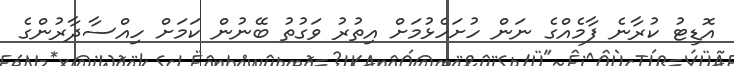
އޮޑިޓު ކުރާނެ ފާމެއްގެ ނަން ހުށަހެޅުމަށް އިތުރު ވަގުތު ބޭނުން ކަމަށް ހިއްސާދާރުންގެ